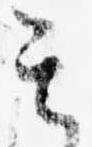
其